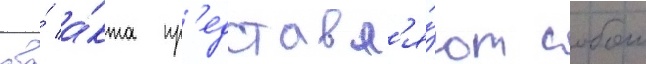
два́ а́кта пр'едставл'я́ют собои